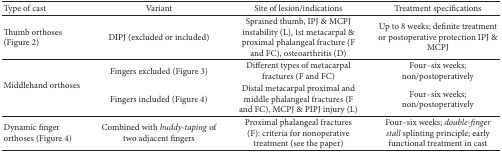
<table><thead><tr><td><b>Type of cast</b></td><td><b>Variant</b></td><td><b>Site of lesion/indications</b></td><td><b>Treatment specifications</b></td></tr></thead><tbody><tr><td>Thumb orthoses (Figure 2)</td><td>DIPJ (excluded or included)</td><td>Sprained thumb, IPJ &amp; MCPJ instability (L), 1st metacarpal &amp; proximal phalangeal fracture (F and FC), osteoarthritis (D)</td><td>Up to 8 weeks; definite treatment or postoperative protection IPJ &amp; MCPJ</td></tr><tr><td rowspan="2">Middlehand orthoses</td><td>Fingers excluded (Figure 3)</td><td>Different types of metacarpal fractures (F and FC)</td><td>Four–six weeks; non/postoperatively</td></tr><tr><td>Fingers included (Figure 4)</td><td>Distal metacarpal proximal and middle phalangeal fractures (F and FC), MCPJ &amp; PIPJ injury (L)</td><td>Four–six weeks; non/postoperatively</td></tr><tr><td>Dynamic finger orthoses (Figure 4)</td><td>Combined with <i>buddy-taping</i> of two adjacent fingers</td><td>Proximal phalangeal fractures (F): criteria for nonoperative treatment (see the paper)</td><td>Four–six weeks; <i>double-finger stall</i> splinting principle; early functional treatment in cast</td></tr></tbody></table>